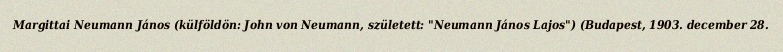
Margittai Neumann János (külföldön: John von Neumann, született: "Neumann János Lajos") (Budapest, 1903. december 28.